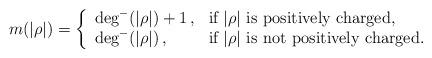
LaTeX: \begin{align*} m(|\rho|)=\left\{ \begin{array}{ll} \deg^-(|\rho|)+1\,, &\mbox{if $|\rho|$ is positively charged,}\\ \deg^-(|\rho|)\,, &\mbox{if $|\rho|$ is not positively charged.} \end{array}\right.\end{align*}